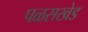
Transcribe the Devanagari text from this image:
पळसखेड